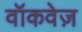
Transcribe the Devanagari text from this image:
वॉकवेज़